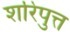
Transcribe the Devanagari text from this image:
शरिपुत्त